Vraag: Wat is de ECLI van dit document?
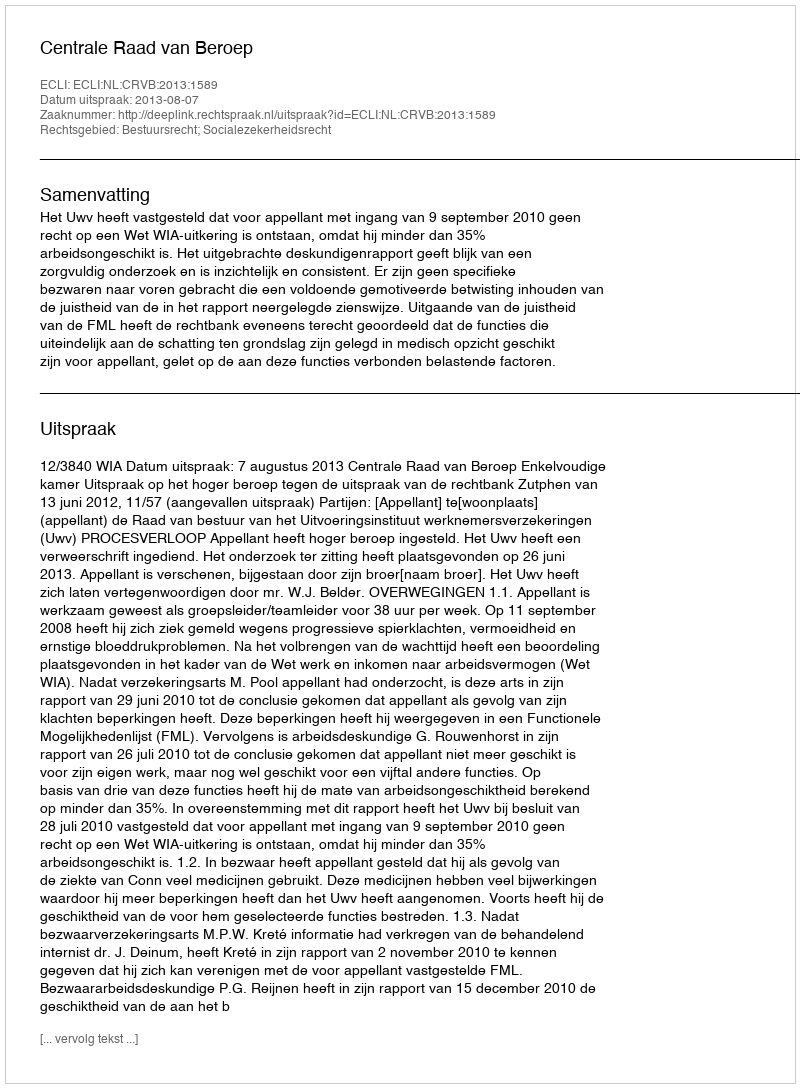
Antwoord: ECLI:NL:CRVB:2013:1589